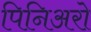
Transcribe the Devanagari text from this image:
पिनिअरो